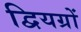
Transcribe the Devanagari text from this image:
द्वियग्रों